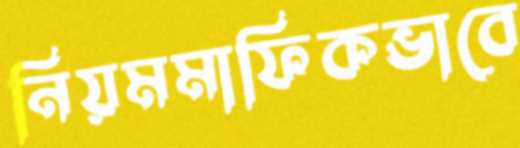
নিয়মমাফিকভাবে